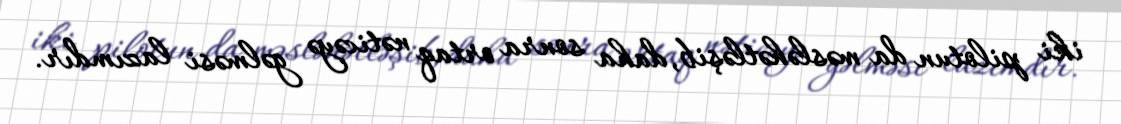
iki pilotun da məsləhətləşib, daha sonra ortaq nəticəyə gəlməsi lazımdır.